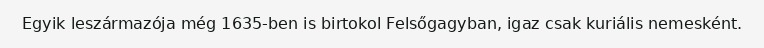
Egyik leszármazója még 1635-ben is birtokol Felsőgagyban, igaz csak kuriális nemesként.